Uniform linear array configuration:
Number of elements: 24
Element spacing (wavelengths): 0.75
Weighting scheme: exponential
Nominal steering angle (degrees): -15
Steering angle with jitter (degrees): -14.379
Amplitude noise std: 0.05
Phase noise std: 0.05

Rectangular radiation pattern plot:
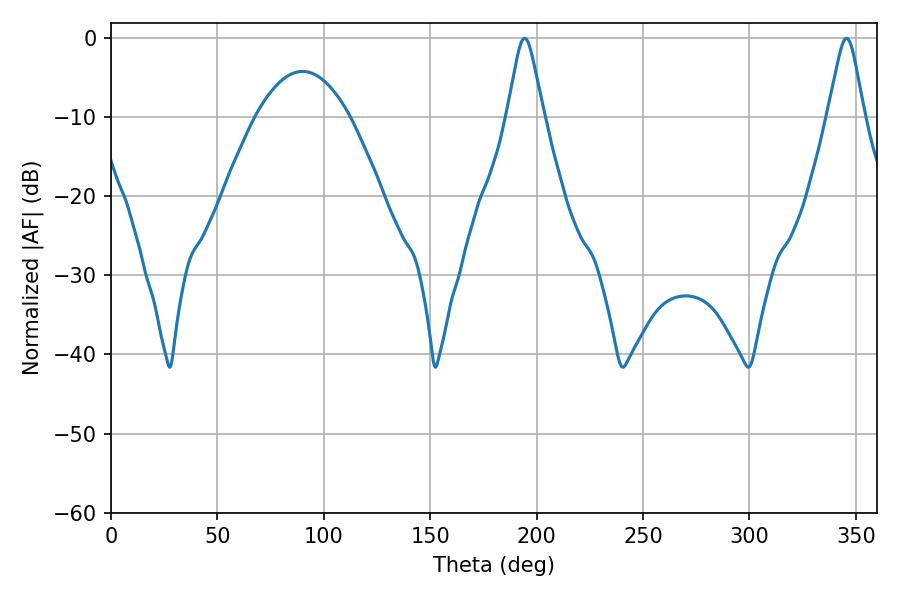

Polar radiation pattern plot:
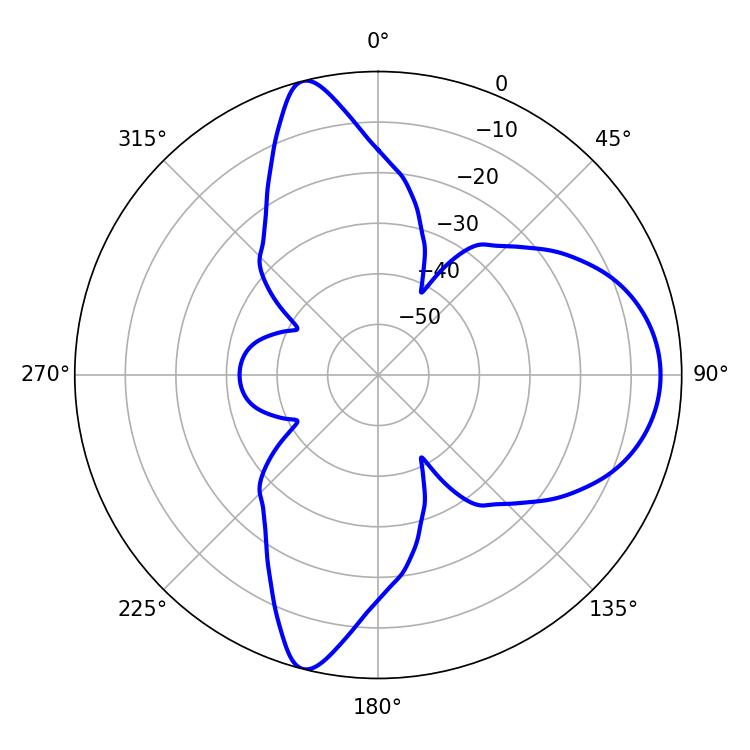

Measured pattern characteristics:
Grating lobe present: TRUE
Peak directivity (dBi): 11.673
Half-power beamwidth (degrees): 7.92
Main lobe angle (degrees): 194.4